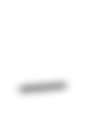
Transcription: –